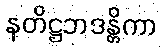
နတိဋ္ဌဘဒန္တိကာ